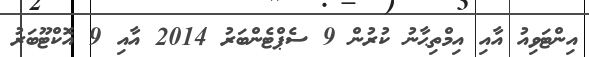
އިންޓަވިއު އާއި އިމްތިޙާނު ކުރުން 9 ސެޕްޓެންބަރު 2014 އާއި 9 އޮކްޓޫބަރު